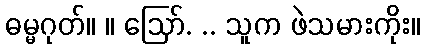
ဓမ္မဂုတ်။ ။ ဪ. .. သူက ဖဲသမားကိုး။